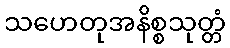
သဟေတုအနိစ္စသုတ္တံ